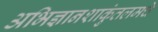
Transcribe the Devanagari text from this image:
अभिज्ञानशाकुंतलमचे